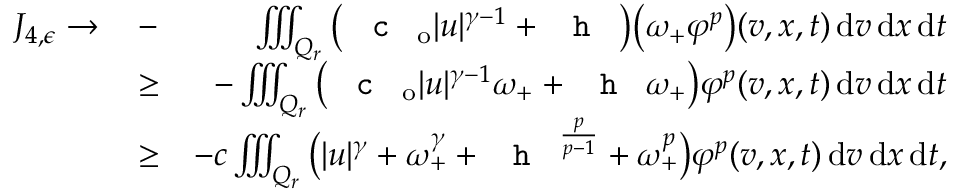
\begin{array} { r l r } { J _ { 4 , \epsilon } \to \, } & { - } & { \, \iiint _ { Q _ { r } } \big ( \textup { \texttt { c } } _ { \mathrm { o } } \lvert u \rvert ^ { \gamma - 1 } + \textup { \texttt { h } } \big ) \big ( \omega _ { + } \varphi ^ { p } \big ) ( v , x , t ) \, \mathrm { d } v \, \mathrm { d } x \, \mathrm { d } t } \\ & { \ge } & { - \iiint _ { Q _ { r } } \big ( \textup { \texttt { c } } _ { \mathrm { o } } \lvert u \rvert ^ { \gamma - 1 } \omega _ { + } + \textup { \texttt { h } } \omega _ { + } \big ) \varphi ^ { p } ( v , x , t ) \, \mathrm { d } v \, \mathrm { d } x \, \mathrm { d } t } \\ & { \ge } & { - c \iiint _ { Q _ { r } } \big ( \lvert u \rvert ^ { \gamma } + \omega _ { + } ^ { \gamma } + \textup { \texttt { h } } ^ { \frac { p } { p - 1 } } + \omega _ { + } ^ { p } \big ) \varphi ^ { p } ( v , x , t ) \, \mathrm { d } v \, \mathrm { d } x \, \mathrm { d } t , } \end{array}